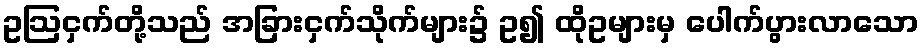
ဥဩငှက်တို့သည် အခြားငှက်သိုက်များ၌ ဥ၍ ထိုဥများမှ ပေါက်ပွားလာသော